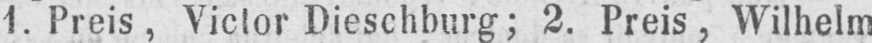
1. Preis, Victor Dieschburg; 2. Preis, Wilhelm